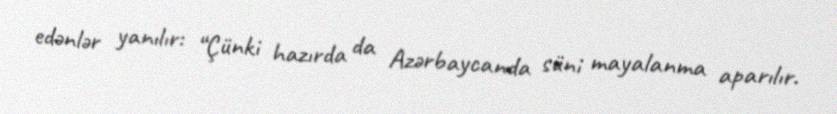
edənlər yanılır: “Çünki hazırda da Azərbaycanda süni mayalanma aparılır.